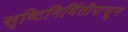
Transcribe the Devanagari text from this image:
सृष्टिनिर्मितीपासून